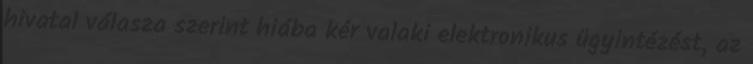
hivatal válasza szerint hiába kér valaki elektronikus ügyintézést, az